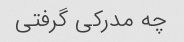
چه مدرکی گرفتی